Rangoon Lunatic Asylum 1878-1892 - 1878-1892
Year: 1878
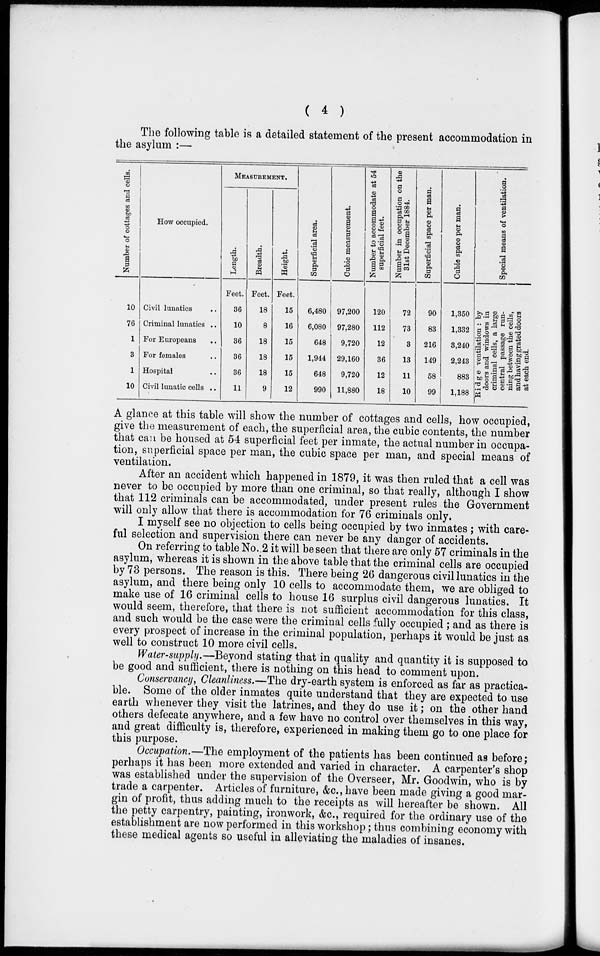
( 4 )
The following table is a detailed statement of the present accommodation in
the asylum :—
Number of cottages and cells.
10
76
1
3
1
10
How occupied.
Civil lunatics ..
Criminal lunatics ..
For Europeans ..
For females ..
Hospital
..
Civil lunatic cells ..
MEASUREMENT.
Length.
Feet.
36
10
36
36
36
11
Breadth.
Feet.
18
8
18
18
18
9
Height.
Feet.
15
16
15
15
15
12
Superficial area.
6,480
6,080
648
1,944
648
990
Cubic measurement.
97,200
97,280
9,720
29,160
9,720
11,880
Number to accommodate at 54
superficial feet.
120
112
12
36
12
18
Number in occupation on the
31st December 1884.
72
73
3
13
11
10
Superficial space per man.
90
83
216
149
58
99
Cubic space per man.
1,350
1,332
3,240
2,243
883
1,188
Special means of ventilation.
Ridge ventilation : by
doors and windows in
criminal cells, a large
central passage run-
ning between the cells,
and having grated doors
at each end.
A glance at this table will show the number of cottages and cells, how occupied,
give the measurement of each, the superficial area, the cubic contents, the number
that can be housed at 54 superficial feet per inmate, the actual number in occupa-
tion, superficial space per man, the cubic space per man, and special means of
ventilation.
After an accident which happened in 1879, it was then ruled that a cell was
never to be occupied by more than one criminal, so that really, although I show
that 112 criminals can be accommodated, under present rules the Government
will only allow that there is accommodation for 76 criminals only.
I myself see no objection to cells being occupied by two inmates; with care-
ful selection and supervision there can never be any danger of accidents.
On referring to table No..2 it will be seen that there are only 57 criminals in the
asylum, whereas it is shown in the above table that the criminal cells are occupied
by 73 persons. The reason is this. There being 26 dangerous civil lunatics in the
asylum, and there being only 10 cells to accommodate them, we are obliged to
make use of 16 criminal cells to house 16 surplus civil dangerous lunatics. It
would seem, therefore, that there is not sufficient accommodation for this class,
and such would be the case were the criminal cells fully occupied ; and as there is
every prospect of increase in the criminal population, perhaps it would be just as
well to construct 10 more civil cells.
Water-supply.—Beyond stating that in quality and quantity it is supposed to
be good and sufficient, there is nothing on this head to comment upon.
Conservancy, Cleanliness.—The dry-earth system is enforced as far as practica-
ble. Some of the older inmates quite understand that they are expected to use
earth whenever they visit the latrines, and they do use it; on the other hand
others defecate anywhere, and a few have no control over themselves in this way,
and great difficulty is, therefore, experienced in making them go to one place for
this purpose.
Occupation.—The employment of the patients has been continued as before;
perhaps it has been more extended and varied in character. A carpenter's shop
was established under the supervision of the Overseer, Mr. Goodwin, who is by
trade a carpenter. Articles of furniture, &c, have been made giving a good mar-
gin of profit, thus adding much to the receipts as will hereafter be shown. All
the petty carpentry, painting, ironwork, &c, required for the ordinary use of the
establishment are now performed in this workshop; thus combining economy with
these medical agents so useful in alleviating the maladies of insanes.